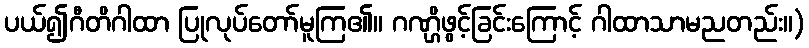
ပယ်၍ဂီတိဂါထာ ပြုလုပ်တော်မူကြ၏။ ဂဏ္ဌိဖွင့်ခြင်းကြောင့် ဂါထာသာမညတည်း။)